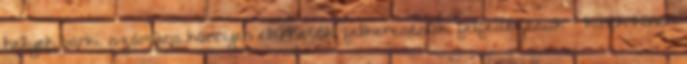
helyek bárki számára könnyen elérhetők, felkeresésük, felfedezésük − kinek-kinek